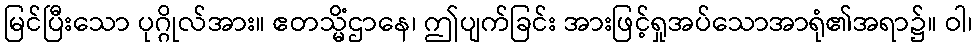
မြင်ပြီးသော ပုဂ္ဂိုလ်အား။ ဧတသ္မိံဌာနေ၊ ဤပျက်ခြင်း အားဖြင့်ရှုအပ်သောအာရုံ၏အရာ၌။ ဝါ၊